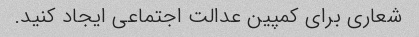
شعاری برای کمپین عدالت اجتماعی ایجاد کنید.